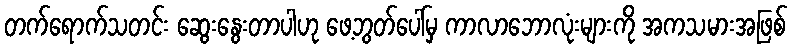
တက်ရောက်သတင်း ဆွေးနွေးတာပါဟု ဖေ့ဘွတ်ပေါ်မှ ကာလာဘောလုံးများကို အကသမားအဖြစ်